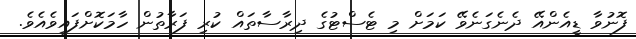
ފޮނުވާ ޑީއެންއޭ ދެނެގަނެވޭ ކަމަށް މި ޓެސްޓުގެ ދިރާސާތައް ކުރި ފަރާތުން ހާމަކޮށްފައިވެއެވެ.